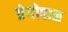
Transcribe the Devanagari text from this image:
त्रेगोपान